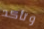
وتأكد